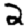
Digit: 2